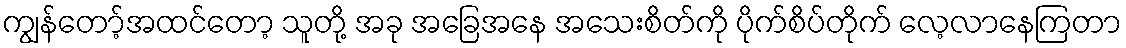
ကျွန်တော့်အထင်တော့ သူတို့ အခု အခြေအနေ အသေးစိတ်ကို ပိုက်စိပ်တိုက် လေ့လာနေကြတာ